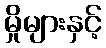
မှိုများနှင့်